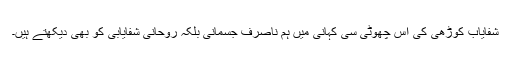
شفایاب کوڑھی کی اِس چھوٹی سی کہانی میں ہم ناصرف جسمانی بلکہ روحانی شفایابی کو بھی دیکھتے ہیں۔